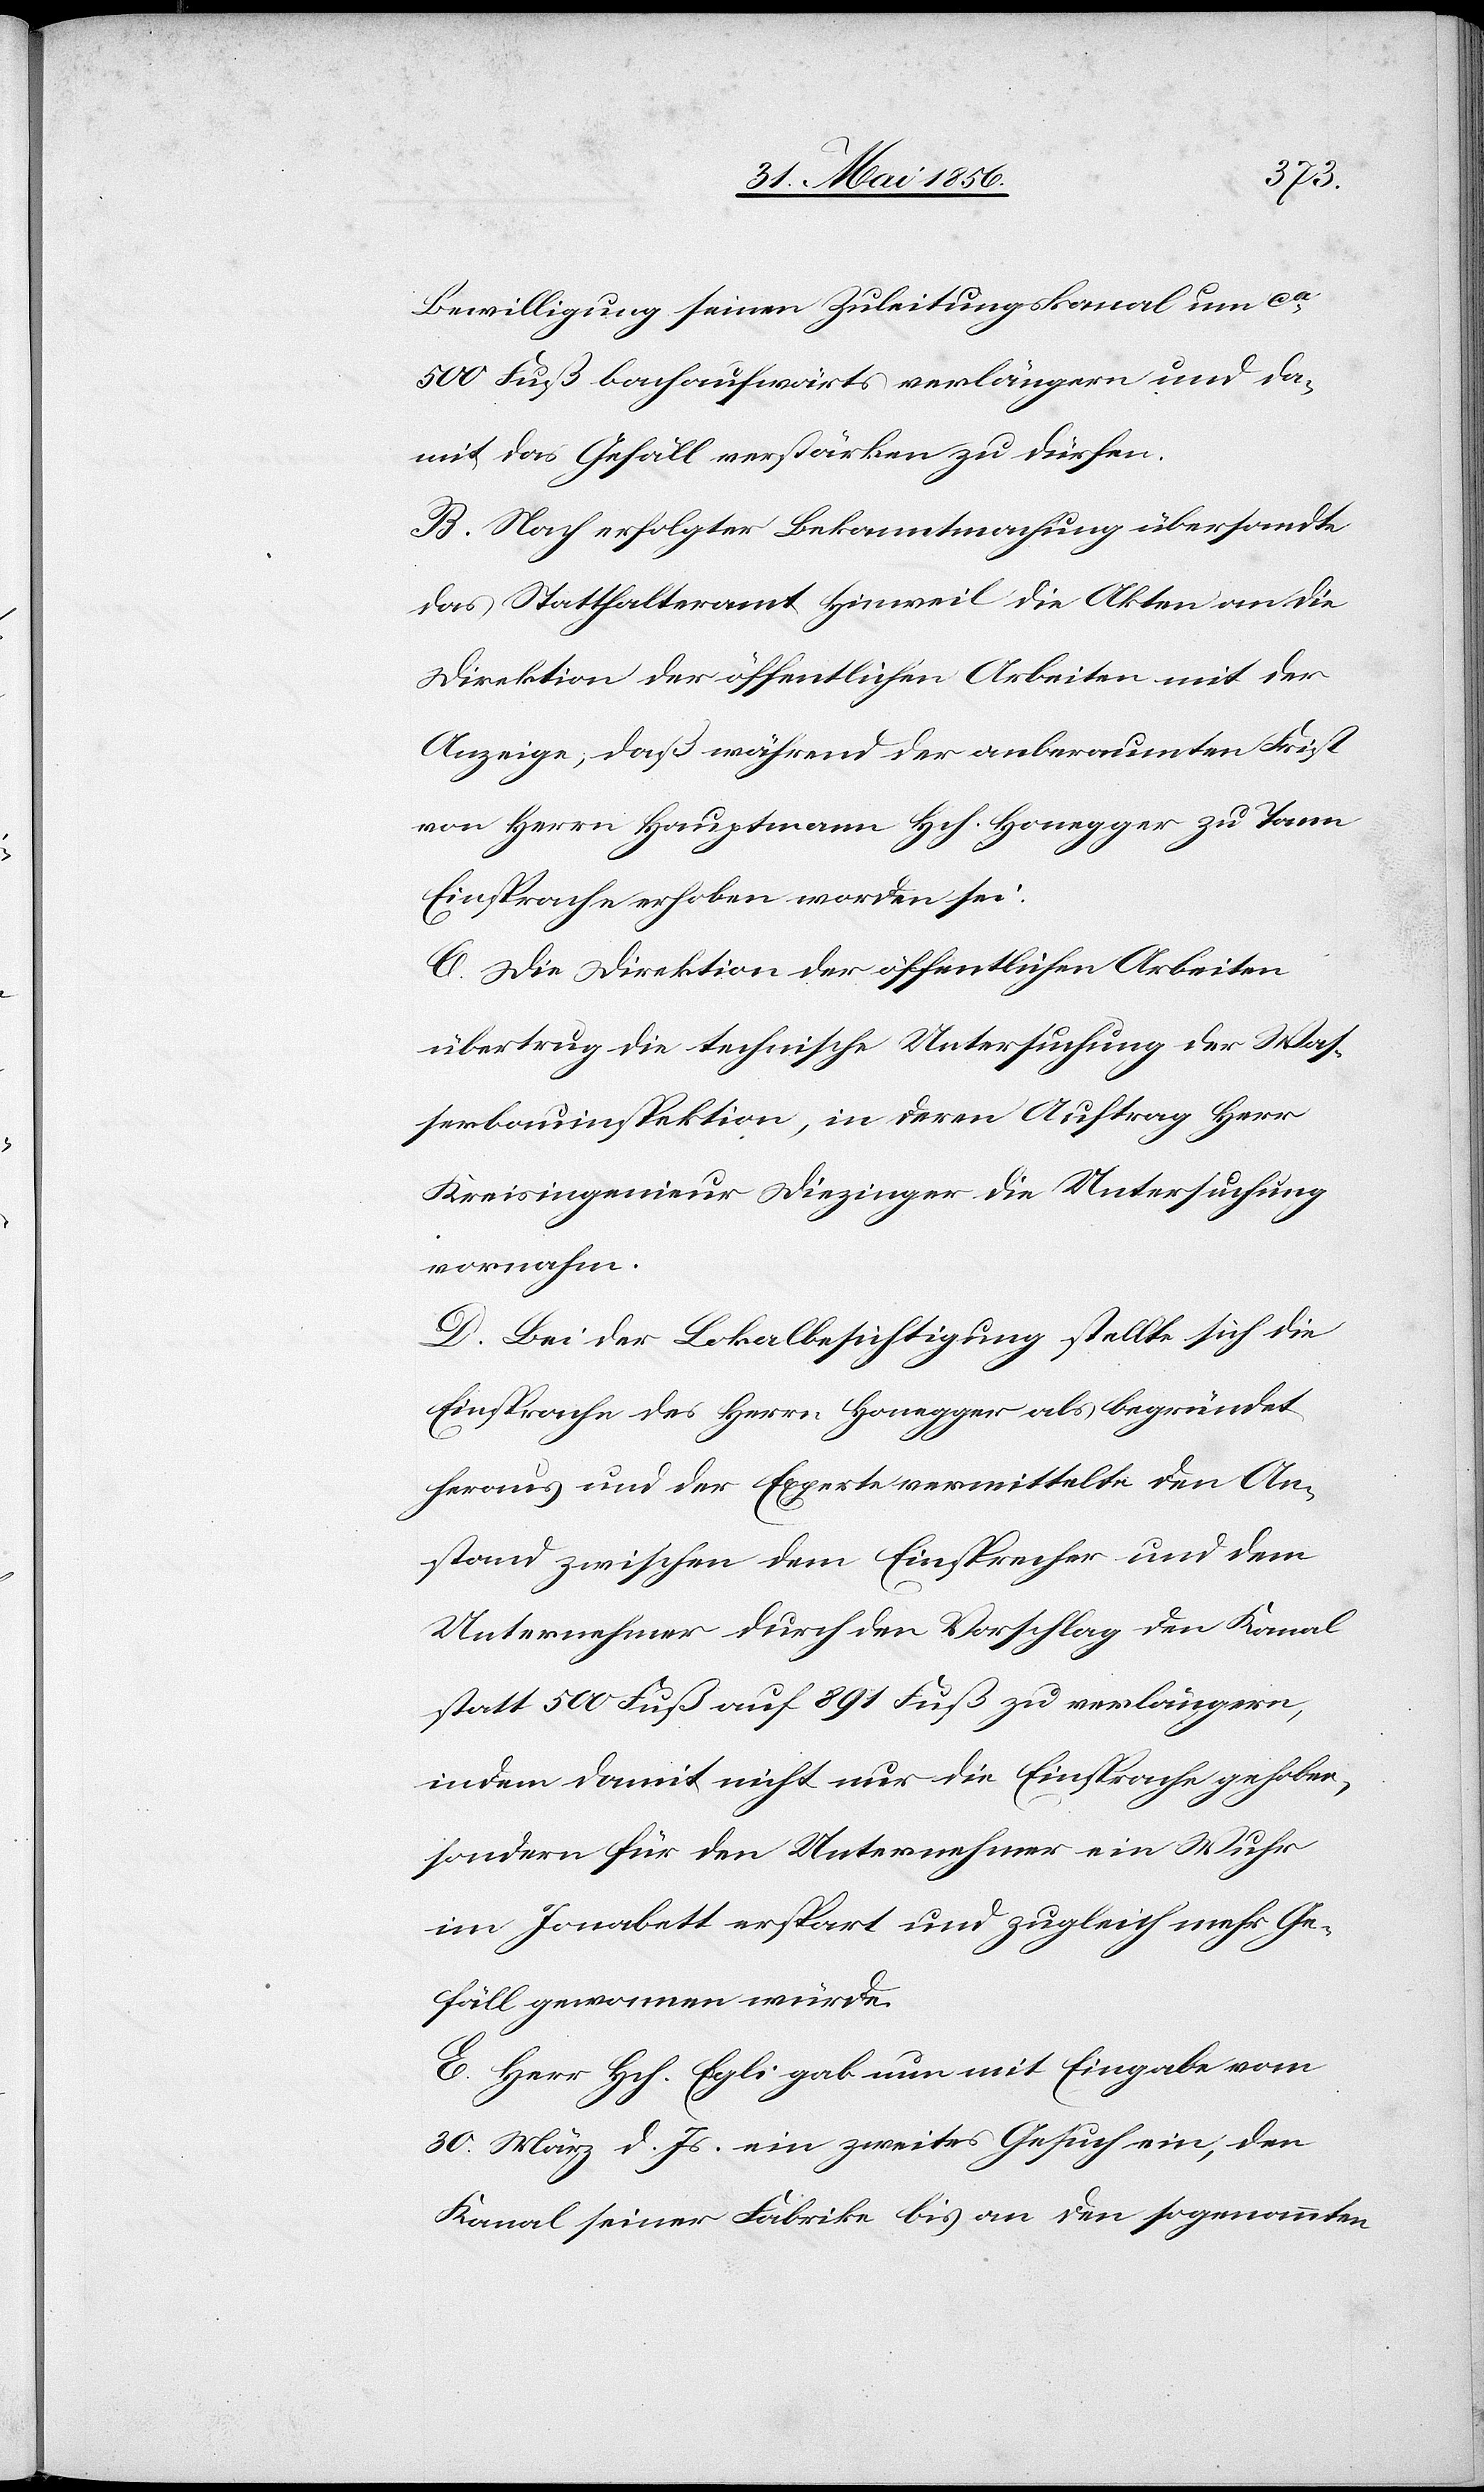
Bewilligung seinen Zuleitungskanal um ca
500 Fuß bachaufwärts verlängern und da¬
mit das Gefäll verstärken zu dürfen.
B. Nach erfolgter Bekanntmachung übersandte
das Statthalteramt Hinweil die Akten an die
Direktion der öffentlichen Arbeiten mit der
Anzeige, daß während der anberaumten Frist
von Herrn Hauptmann Hch. Honegger zu Tann
Einsprache erhoben worden sei.
C. Die Direktion der öffentlichen Arbeiten
übertrug die technische Untersuchung der Was¬
serbauinspektion, in deren Auftrag Herr
Kreisingenieur Diezinger die Untersuchung
vornahm.
D. Bei der Lokalbesichtigung stellte sich die
Einsprache des Herrn Honegger als begründet
heraus und der Experte vermittelte den An¬
stand zwischen dem Einsprecher und dem
Unternehmer durch den Vorschlag den Kanal
statt 500 Fuß auf 891 Fuß zu verlängern,
indem damit nicht nur die Einsprache gehoben,
sondern für den Unternehmer ein Wuhr
im Jonabett erspart und zugleich mehr Ge¬
fäll gewonnen würde.
E. Herr Hch. Egli gab nun mit Eingabe vom
30. März d. Js. ein zweites Gesuch ein, den
Kanal seiner Fabrike bis an den sogenannten